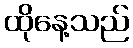
ထိုနေ့သည်